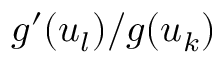
g ^ { \prime } ( u _ { l } ) / g ( u _ { k } )